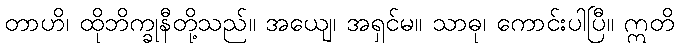
တာဟိ၊ ထိုဘိက္ခုနီတို့သည်။ အယျေ၊ အရှင်မ။ သာဓု၊ ကောင်းပါပြီ။ ဣတိ